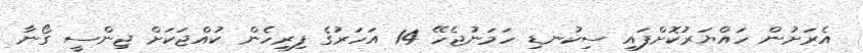
އެރަށުން ހައްޔަރުކޮށްފައި ސިކުނޑި ހަމަނުޖެހޭ 14 އަހަރުގެ ފިރިހެން ކުއްޖަކަށް ޖިންސީ ގޯނާ